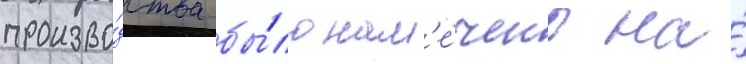
произво́дства бы́ло нам'е́чено на́